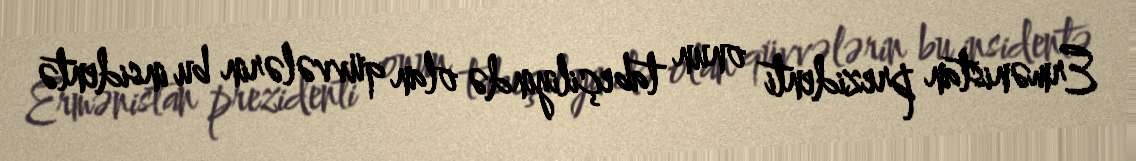
Ermənistan prezidenti onun tabeçiliyində olan qüvvələrin bu insidentə